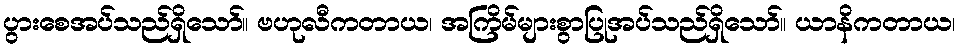
ပွားစေအပ်သည်ရှိသော်။ ဗဟုလီကတာယ၊ အကြိမ်များစွာပြုအပ်သည်ရှိသော်။ ယာနိကတာယ၊